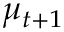
\mu _ { t + 1 }